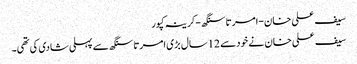
سیف علی خان-امرتا سنگھ -کرینہ کپور
سیف علی خان نے خودسے 12سال بڑی امرتاسنگھ سے پہلی شادی کی تھی۔